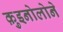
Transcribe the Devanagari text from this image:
क़ुइनोलोने